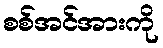
စစ်အင်အားကို